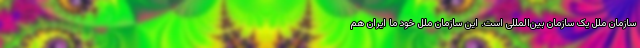
سازمان ملل یک سازمان بین‌المللی است. این سازمان ملل خود ما ایران هم